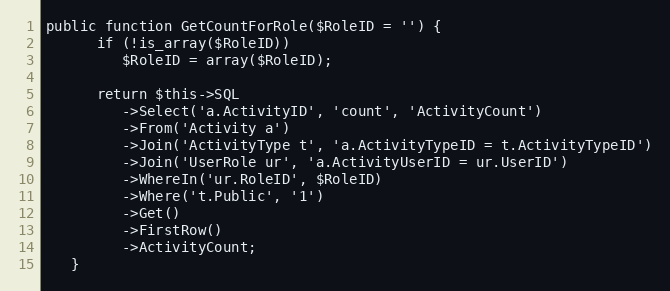
Language: PHP
public function GetCountForRole($RoleID = '') {
      if (!is_array($RoleID))
         $RoleID = array($RoleID);

      return $this->SQL
         ->Select('a.ActivityID', 'count', 'ActivityCount')
         ->From('Activity a')
         ->Join('ActivityType t', 'a.ActivityTypeID = t.ActivityTypeID')
         ->Join('UserRole ur', 'a.ActivityUserID = ur.UserID')
         ->WhereIn('ur.RoleID', $RoleID)
         ->Where('t.Public', '1')
         ->Get()
         ->FirstRow()
         ->ActivityCount;
   }